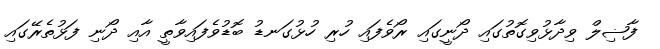
ފާޟިލް ވިދާޅުވިގޮތުގައި ދޯނީގައި ރޯވެފައި ހުރި ހުޅުގަނޑު ބޮޑުވެފައިވާތީ އާއި ދޯނި ފަޅުތެރޭގައި